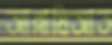
আন্নাযিআত